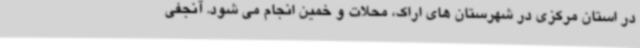
در استان مرکزی در شهرستان های اراک، محلات و خمین انجام می شود. آنجفی